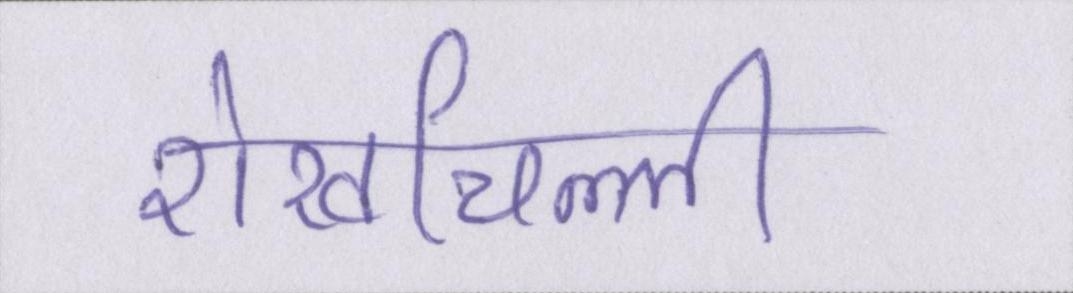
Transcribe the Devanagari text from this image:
शेखचिल्ली